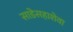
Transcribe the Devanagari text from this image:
साडेसहाशेवा